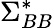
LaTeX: \Sigma_{BB}^{*}